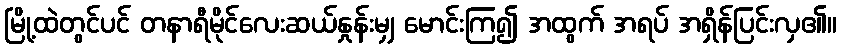
မြို့ထဲတွင်ပင် တနာရီမိုင်လေးဆယ်နှုန်းမျှ မောင်းကြ၍ အထွက် အရပ် အရှိန်ပြင်းလှ၏။